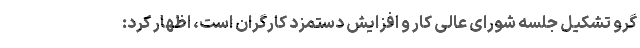
گرو تشکیل جلسه شورای عالی کار و افزایش دستمزد کارگران است، اظهار کرد: